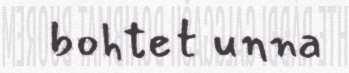
bohtet unna